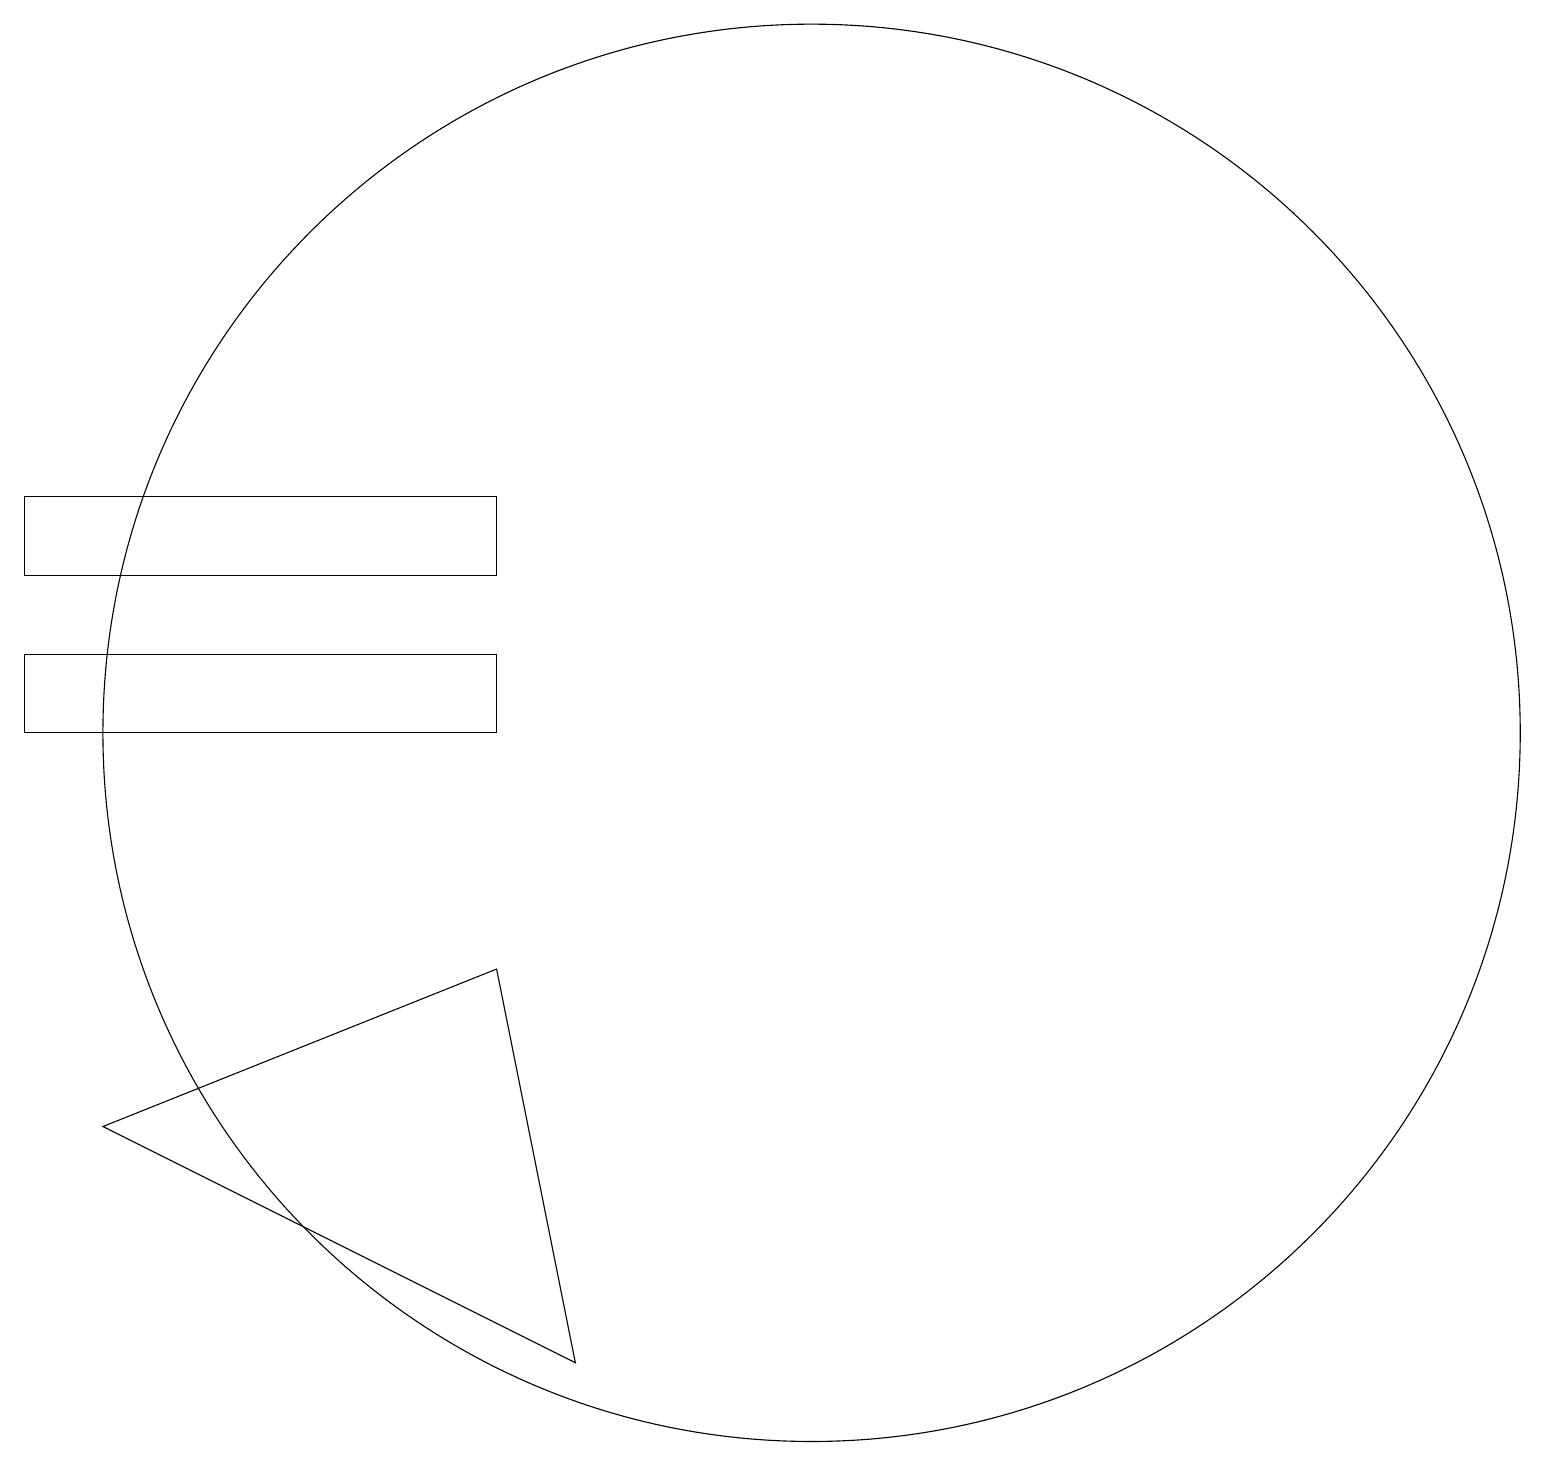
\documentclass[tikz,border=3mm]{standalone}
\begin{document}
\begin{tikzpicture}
\draw (0,11) rectangle (6,12);
\draw (10,11) circle (9);
\draw (6,14) rectangle (0,13);
\draw (10,12) circle (0);
\draw (6,8) -- (7,3) -- (1,6) -- cycle;
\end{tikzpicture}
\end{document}